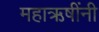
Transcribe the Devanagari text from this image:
महाऋषींनी